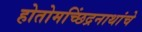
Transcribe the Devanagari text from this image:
होतोमच्छिंद्रनाथांचे